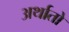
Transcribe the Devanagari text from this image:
अर्थातो